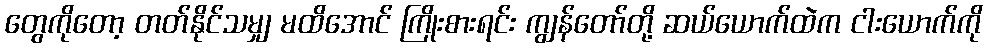
တွေကိုတော့ တတ်နိုင်သမျှ မထိအောင် ကြိုးစားရင်း ကျွန်တော်တို့ ဆယ်ယောက်ထဲက ငါးယောက်ကို